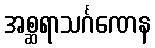
အစ္ဆရာသင်္ဂဏေန